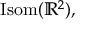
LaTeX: \operatorname { I s o m } ( \mathbb { R } ^ { 2 } ) ,